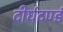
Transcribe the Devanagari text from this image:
दीर्घदण्डं